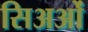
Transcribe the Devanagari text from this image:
सिअओं